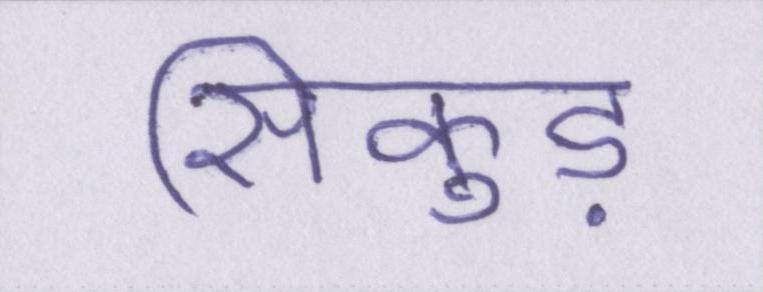
सिकुड़